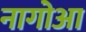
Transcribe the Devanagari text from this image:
नागोआ